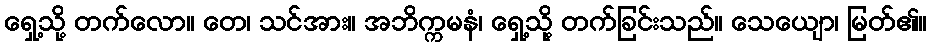
ရှေ့သို့ တက်လော။ တေ၊ သင်အား။ အဘိက္ကမနံ၊ ရှေ့သို့ တက်ခြင်းသည်။ သေယျော၊ မြတ်၏။